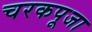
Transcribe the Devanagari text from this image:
चरकपूजा